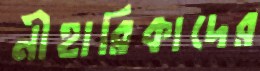
নীহারিকাদের